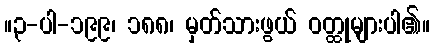
။၃-ပါ-၁၉၉၊ ၁၈၈၊ မှတ်သားဖွယ် ဝတ္ထုများပါ၏။